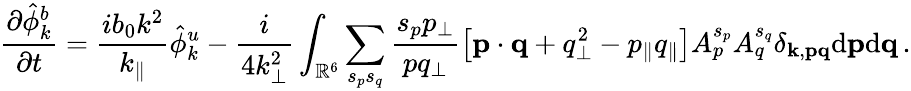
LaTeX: {\frac{\partial\hat{\phi}_{k}^{b}}{\partial t}}=\frac{ib_{0}k^{2}}{k_{\parallel}}\hat{\phi}_{k}^{u}-\frac{i}{4k_{\perp}^{2}}\int_{\mathbb{R}^{6}}\sum_{s_{p}s_{q}}\frac{s_{p}p_{\perp}}{pq_{\perp}}\left[{\mathbf p}\cdot{\mathbf q}+q_{\perp}^{2}-p_{\parallel}q_{\parallel}\right]A_{p}^{s_{p}}A_{q}^{s_{q}}\delta_{{\mathbf k},{\mathbf p}{\mathbf q}}\mathrm{d}{\mathbf p}\mathrm{d}{\mathbf q}\, .